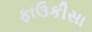
ફાઉકીસા